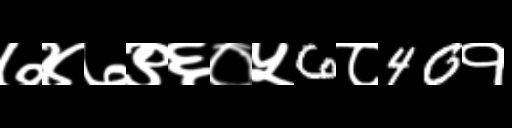
Text: ७४७९६०५6८40१